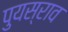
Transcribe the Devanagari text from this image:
पुयस्राव